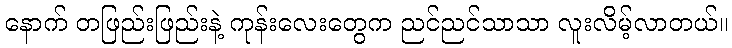
နောက် တဖြည်းဖြည်းနဲ့ ကုန်းလေးတွေက ညင်ညင်သာသာ လူးလိမ့်လာတယ်။